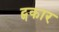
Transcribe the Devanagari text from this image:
ट्णकार